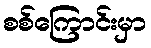
စစ်ကြောင်းမှာ